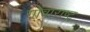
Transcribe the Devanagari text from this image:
गोवाराष्ट्र